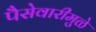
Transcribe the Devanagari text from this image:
पैसेवारीमुळे